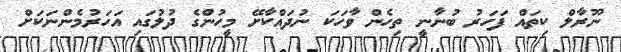
ނޫރާލް ކިތައް ފަހަރު ބުނާނީ ތިހެން ވާހަކަ ނުދައްކާށޭ މީހުންގެ ދުލުގައި އަހަރުމެންނަކަށް